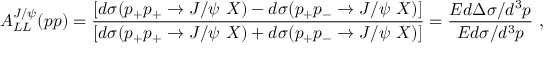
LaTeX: A _ { L L } ^ { J / \psi } ( p p ) = \frac { \left[ d \sigma ( p _ { + } p _ { + } \rightarrow J / \psi ~ X ) - d \sigma ( p _ { + } p _ { - } \rightarrow J / \psi ~ X ) \right] } { \left[ d \sigma ( p _ { + } p _ { + } \rightarrow J / \psi ~ X ) + d \sigma ( p _ { + } p _ { - } \rightarrow J / \psi ~ X ) \right] } = \frac { E d \Delta \sigma / d ^ { 3 } p } { E d \sigma / d ^ { 3 } p } ~ ,